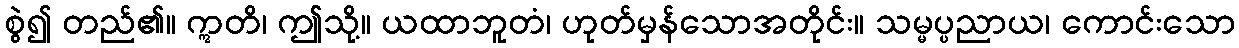
စွဲ၍ တည်၏။ ဣတိ၊ ဤသို့။ ယထာဘူတံ၊ ဟုတ်မှန်သောအတိုင်း။ သမ္မပ္ပညာယ၊ ကောင်းသော